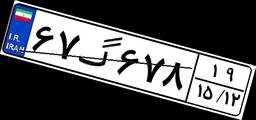
۶۷گ۶۷۸۱۹